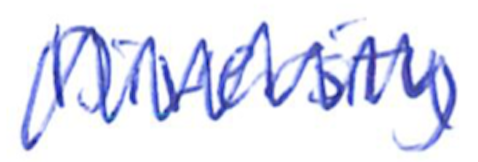
Text: Diversity
Cross-out: mix
Writing tool: ballpoint